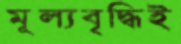
মূল্যবৃদ্ধিই